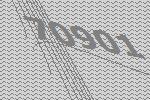
70901